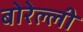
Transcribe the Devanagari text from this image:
बोरेल्ली